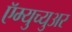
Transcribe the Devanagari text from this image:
ऍम्युच्युअर